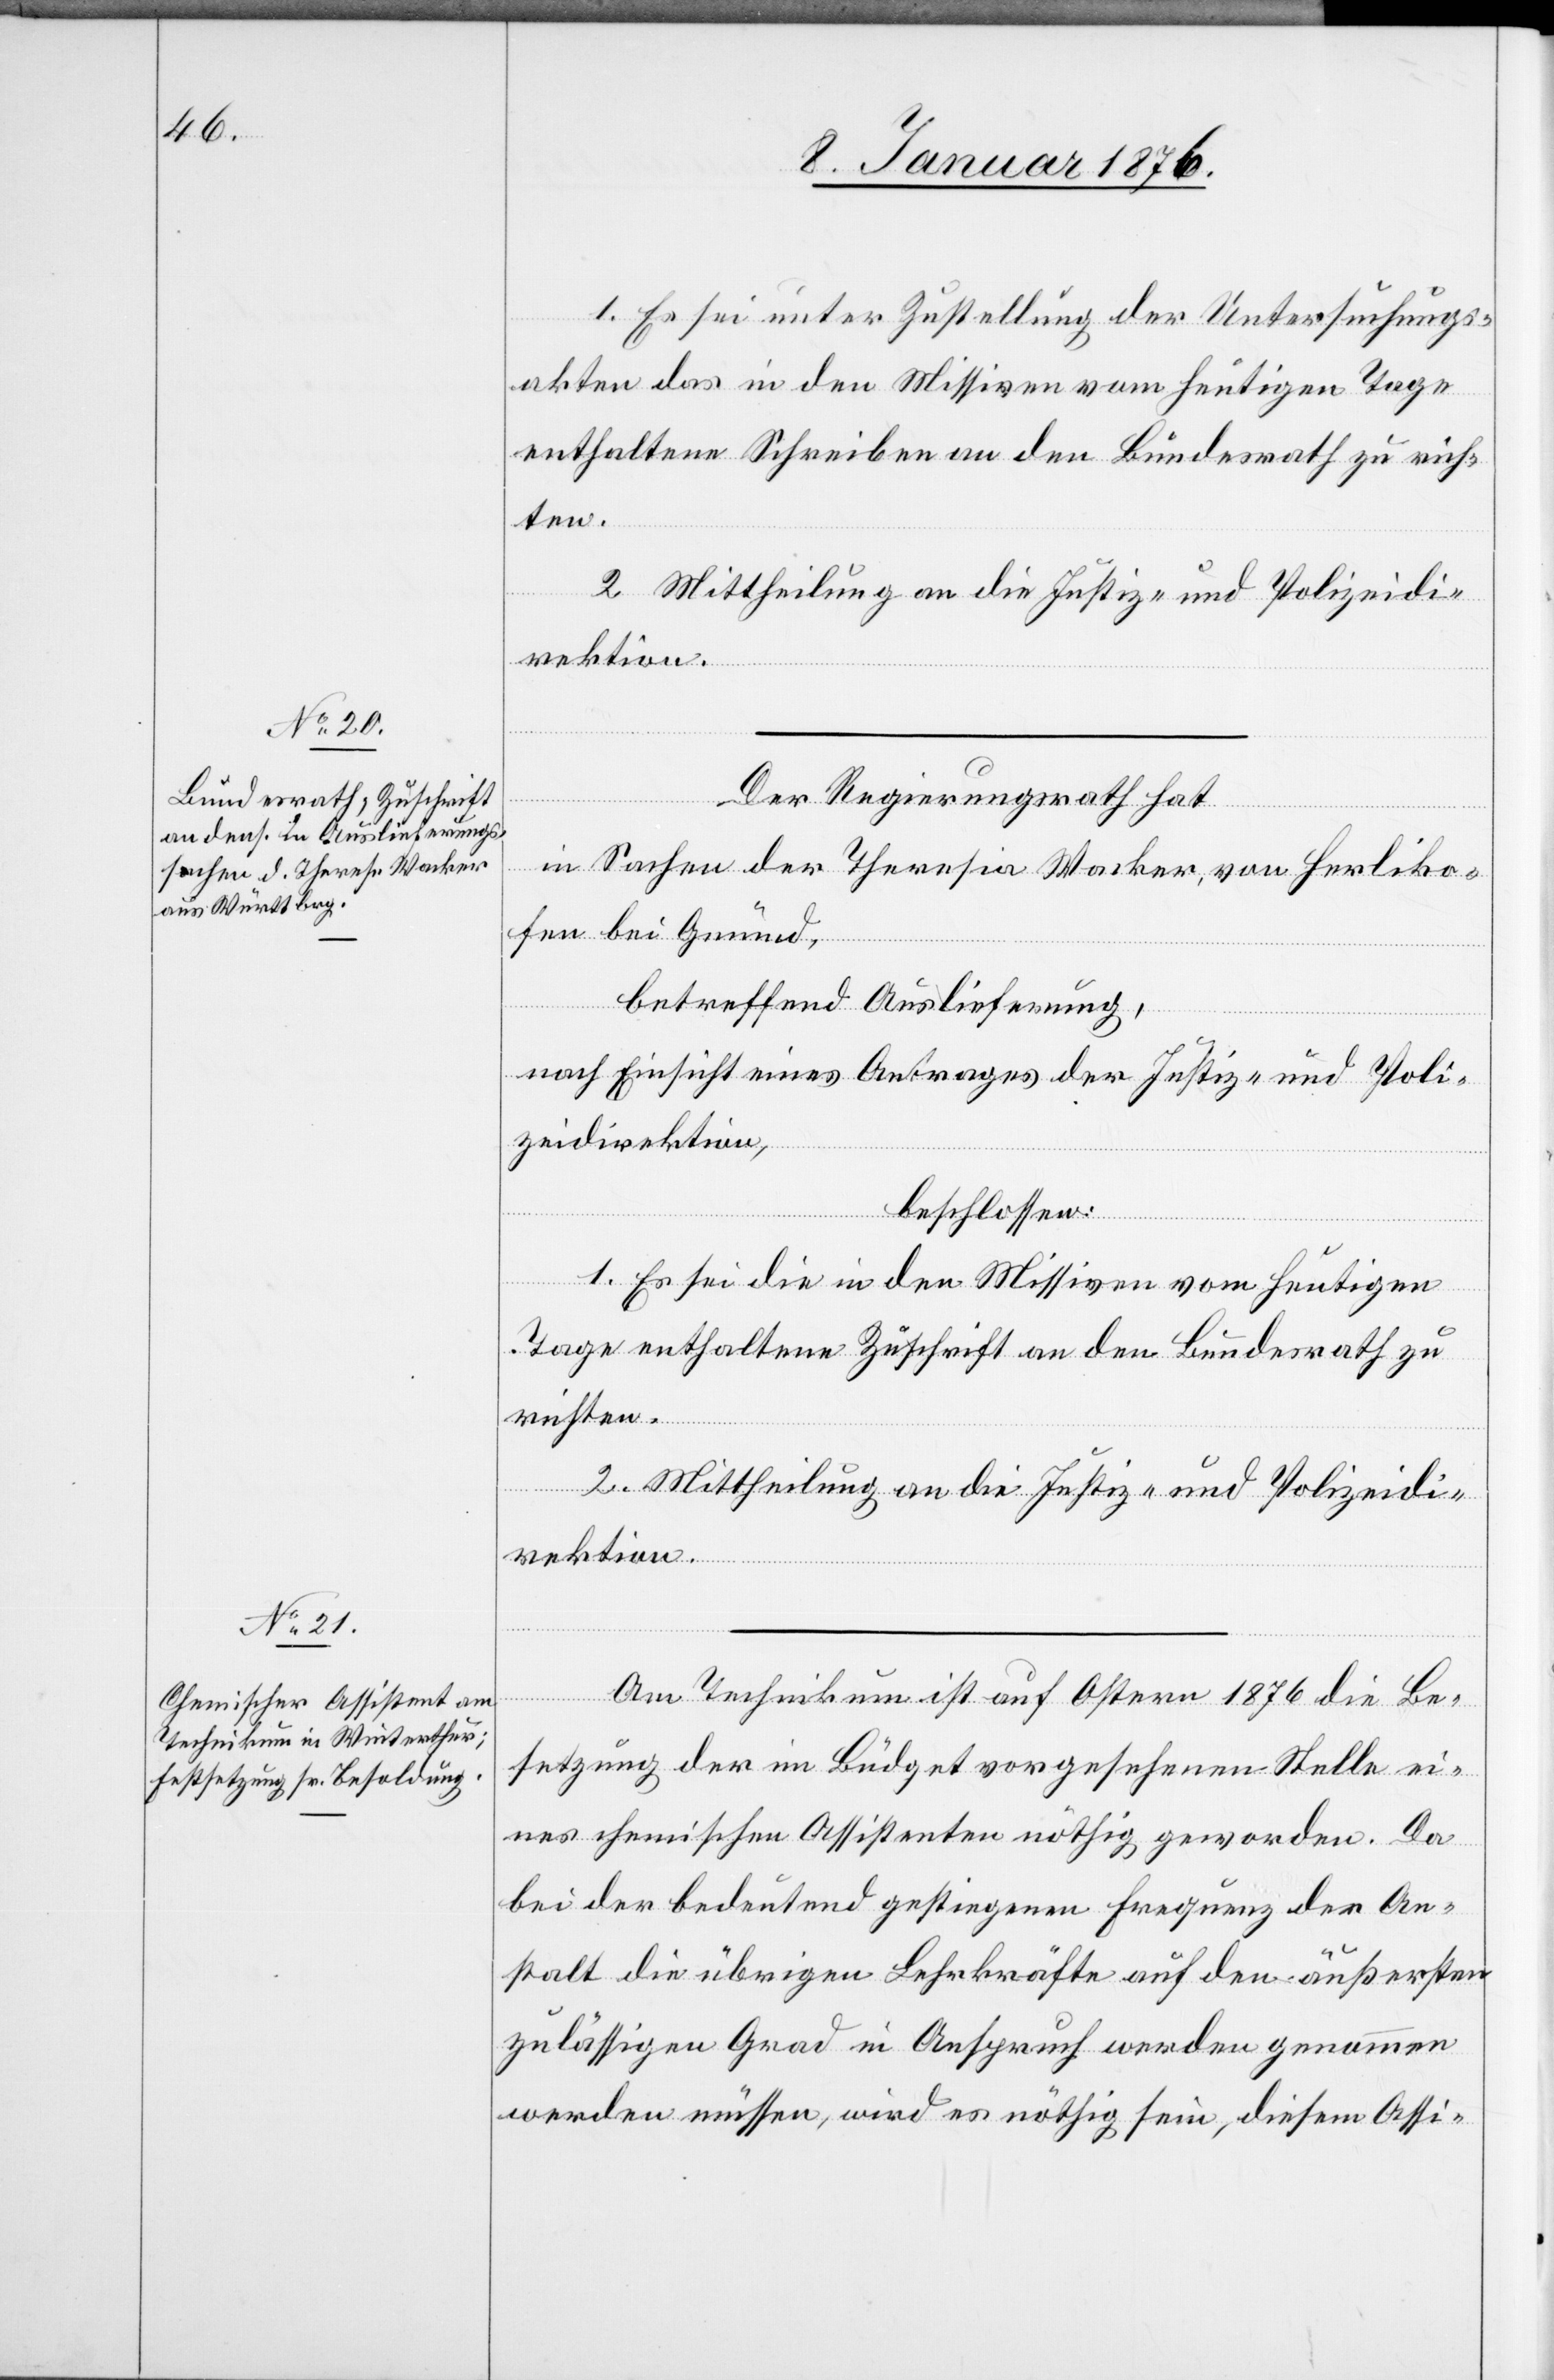
1. Es sei unter Zustellung der Untersuchungs¬
akten das in den Missiven vom heutigen Tage
enthaltene Schreiben an den Bundesrath zu rich¬
ten.
2. Mittheilung an die Justiz- und Polizeidi¬
rektion.
Der Regierungsrath hat
in Sachen der Theresia [sic!] Wacker, von Herliko¬
fen bei Gmünd,
betreffend Auslieferung,
nach Einsicht eines Antrages der Justiz- und Poli¬
zeidirektion,
beschlossen:
1. Es sei die in den Missiven vom heutigen
Tage enthaltene Zuschrift an den Bundesrath zu
richten.
Am Technikum ist auf Ostern 1876 die Be¬
setzung der im Büdget vorgesehenen Stelle ei¬
nes chemischen Assistenten nöthig geworden. Da
bei der bedeutend gestiegenen Frequenz der An¬
stalt die übrigen Lehrkräfte auf den äußersten
zulässigen Grad in Anspruch werden genommen
werden müssen, wird es nöthig sein, diesem Assi-